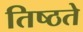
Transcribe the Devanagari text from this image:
तिष्ठते